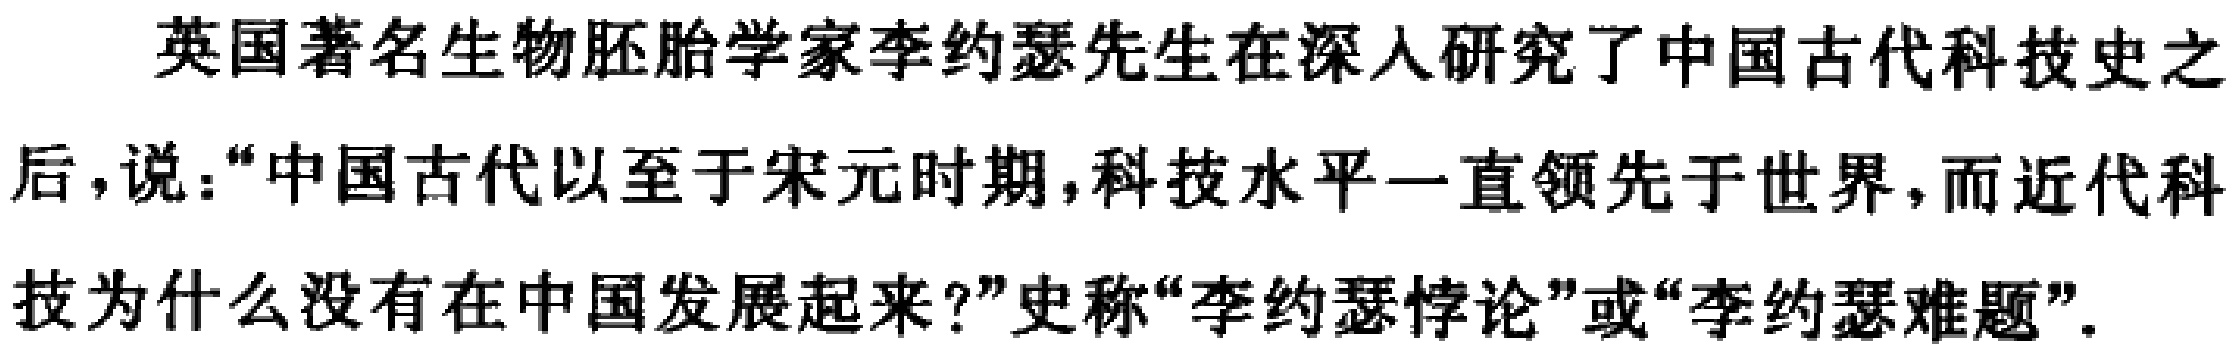
英国著名生物胚胎学家李约瑟先生在深入研究了中国古代科技史之后，说：“中国古代以至于宋元时期，科技水平一直领先于世界，而近代科技为什么没有在中国发展起来？”史称“李约瑟悖论”或“李约瑟难题”。